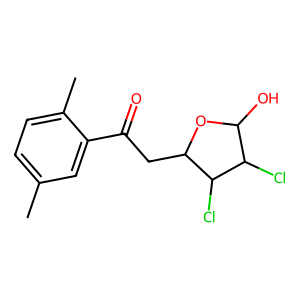
SMILES: Cc1ccc(C)c(C(=O)CC2OC(O)C(Cl)C2Cl)c1
Inhibits HIV replication: No